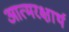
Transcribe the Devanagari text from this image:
आत्मरक्षार्थ